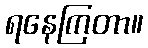
ရနေကြတာ။